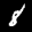
Label: 8